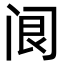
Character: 𨸄